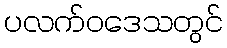
ပလက်ဝဒေသတွင်